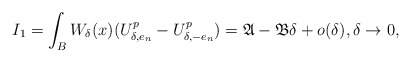
\begin{align*}I_1=\int_{B} W_{\delta}(x)(U_{\delta,e_n}^p-U_{\delta,-e_n}^p) = \mathfrak{A}-\mathfrak{B}\delta+o(\delta),\delta\to 0, \end{align*}